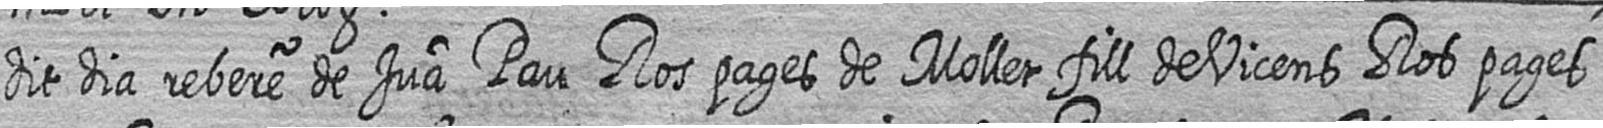
dit dia rebere de Jua Pau Ros pages de Mollet fill de Vicens Ros pages